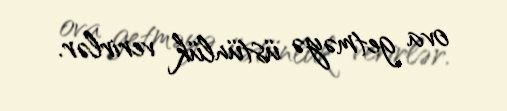
ova getməyə üstünlük verirlər.